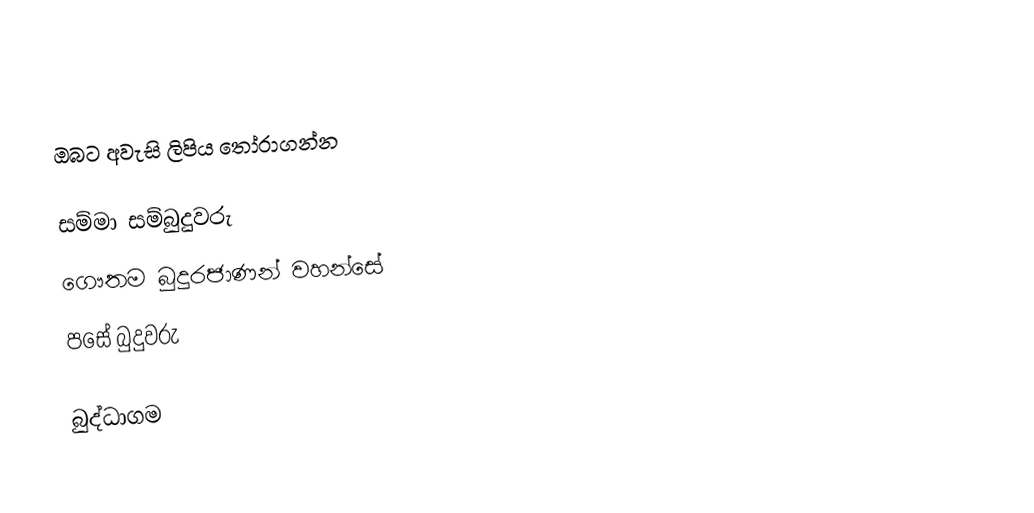
ඔබට අවැසි ලිපිය තෝරාගන්න

 සම්මා සම්බුදුවරු
 ගෞතම බුදුරජාණන් වහන්සේ
 පසේ බුදුවරු

බුද්ධාගම